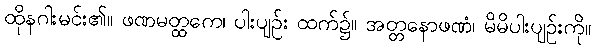
ထိုနဂါးမင်း၏။ ဖဏမတ္ထကေ၊ ပါးပျဉ်း ထက်၌။ အတ္တနောဖဏံ၊ မိမိပါးပျဉ်းကို။